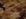
كما